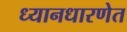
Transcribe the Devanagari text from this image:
ध्यानधारणेत